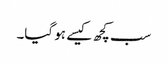
سب کچھ کیسے ہو گیا۔